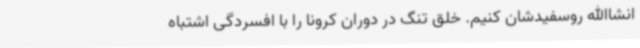
انشاالله روسفیدشان کنیم. خلق تنگ در دوران کرونا را با افسردگی اشتباه